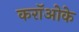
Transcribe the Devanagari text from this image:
करॉओके